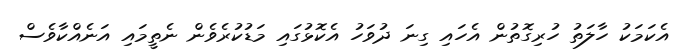
އެކަމަކު ހާލަތު ހުރިގޮތުން އެހައި ގިނަ ދުވަހު އެކޮޅުގައި މަޑުކުރެވެން ނެތީމައި އަނެއްކާވެސް